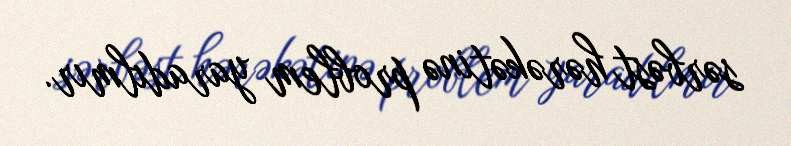
sərbəst hərəkətinə problem yaradılmır.